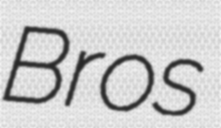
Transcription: Bros